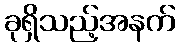
ခုရှိသည့်အနက်